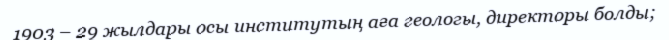
1903 – 29 жылдары осы институтың аға геологы, директоры болды;